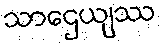
သာဌေယျဿ